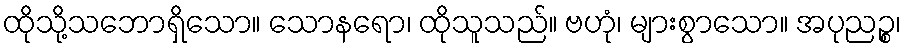
ထိုသို့သဘောရှိသော။ သောနရော၊ ထိုသူသည်။ ဗဟုံ၊ များစွာသော။ အပုညဉ္စ၊